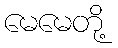
မေမေတို့